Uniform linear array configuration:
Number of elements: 8
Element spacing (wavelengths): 0.75
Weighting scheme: uniform
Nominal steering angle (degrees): -30
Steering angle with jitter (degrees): -31.214
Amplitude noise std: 0.05
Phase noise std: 0.05

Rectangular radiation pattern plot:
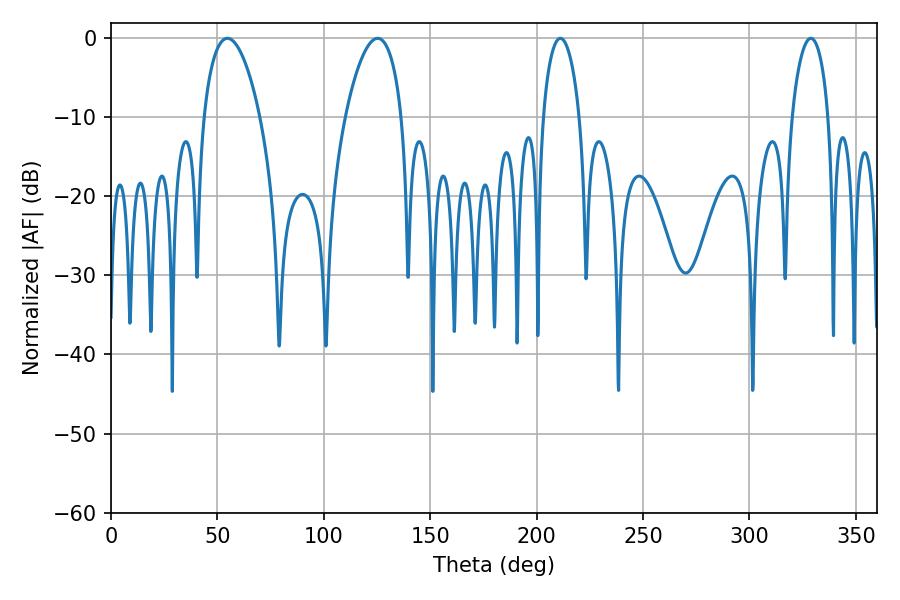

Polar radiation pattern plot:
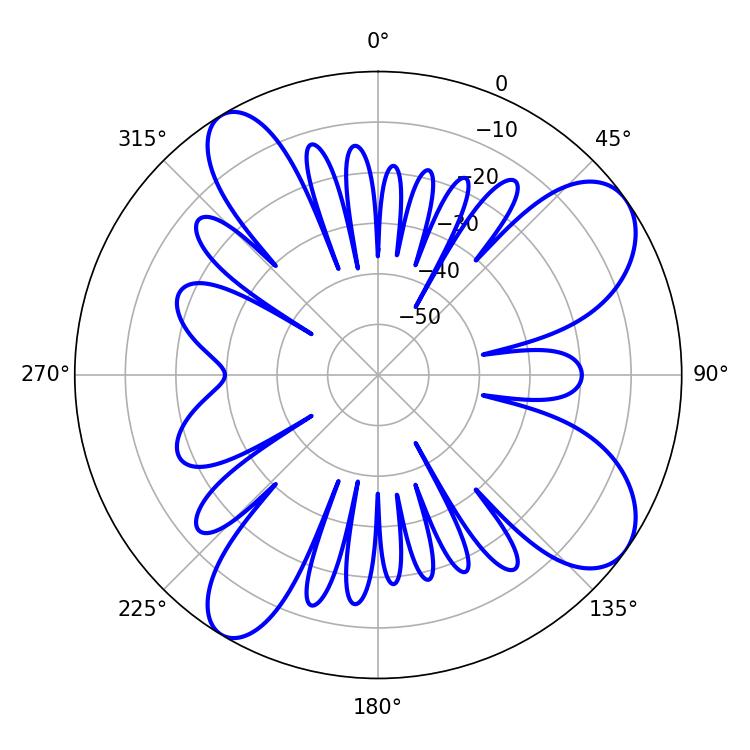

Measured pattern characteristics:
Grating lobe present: TRUE
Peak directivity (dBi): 8.972
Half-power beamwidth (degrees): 9.72
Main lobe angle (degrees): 211.14